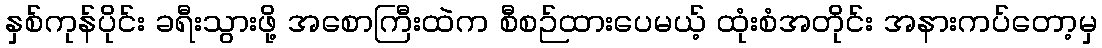
နှစ်ကုန်ပိုင်း ခရီးသွားဖို့ အစောကြီးထဲက စီစဉ်ထားပေမယ့် ထုံးစံအတိုင်း အနားကပ်တော့မှ